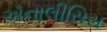
ઍનાલીસિસ